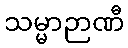
သမ္မာဉာဏီ